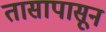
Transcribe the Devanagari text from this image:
तासापासून